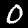
Digit: 0